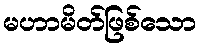
မဟာမိတ်ဖြစ်သော